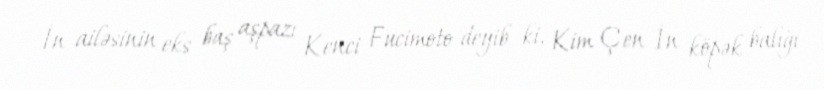
İn ailəsinin eks baş aşpazı Kenci Fucimoto deyib ki, Kim Çen İn köpək balığı